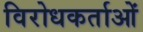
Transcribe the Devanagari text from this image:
विरोधकर्ताओं